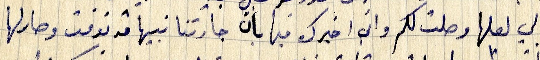
الي لعلها وصلت لكم وان اخبرك فيها بأن جارتنا نبيها قد توفت وصارلها